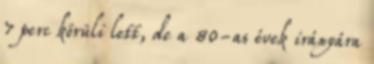
7 perc körüli lett, de a 80-as évek irányára